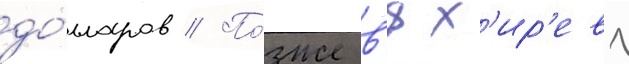
до́лларов // По́зже в'ях'ир'еву